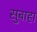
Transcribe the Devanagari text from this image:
सुबाहा